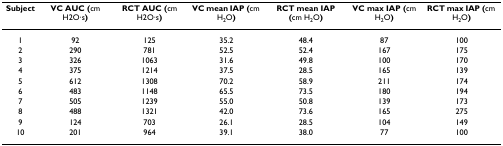
<table><thead><tr><td><b>Subject</b></td><td><b>VC AUC (cm H2O·s)</b></td><td><b>RCT AUC (cm H2O·s)</b></td><td><b>VC mean IAP (cm H<sub>2</sub>O)</b></td><td><b>RCT mean IAP (cm H<sub>2</sub>O)</b></td><td><b>VC max IAP (cm H<sub>2</sub>O)</b></td><td><b>RCT max IAP (cm H<sub>2</sub>O)</b></td></tr></thead><tbody><tr><td>1</td><td>92</td><td>125</td><td>35.2</td><td>48.4</td><td>87</td><td>100</td></tr><tr><td>2</td><td>290</td><td>781</td><td>52.5</td><td>52.4</td><td>167</td><td>175</td></tr><tr><td>3</td><td>326</td><td>1063</td><td>31.6</td><td>49.8</td><td>100</td><td>170</td></tr><tr><td>4</td><td>375</td><td>1214</td><td>37.5</td><td>28.5</td><td>165</td><td>139</td></tr><tr><td>5</td><td>612</td><td>1308</td><td>70.2</td><td>58.9</td><td>211</td><td>174</td></tr><tr><td>6</td><td>483</td><td>1148</td><td>65.5</td><td>73.5</td><td>180</td><td>194</td></tr><tr><td>7</td><td>505</td><td>1239</td><td>55.0</td><td>50.8</td><td>139</td><td>173</td></tr><tr><td>8</td><td>488</td><td>1321</td><td>42.0</td><td>73.6</td><td>165</td><td>275</td></tr><tr><td>9</td><td>124</td><td>703</td><td>26.1</td><td>28.5</td><td>104</td><td>149</td></tr><tr><td>10</td><td>201</td><td>964</td><td>39.1</td><td>38.0</td><td>77</td><td>100</td></tr></tbody></table>